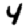
Digit: 4